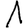
Digit: 1